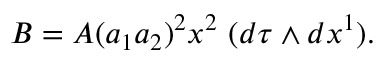
B = A ( a _ { 1 } a _ { 2 } ) ^ { 2 } x ^ { 2 } \, \, ( d \tau \wedge d x ^ { 1 } ) .